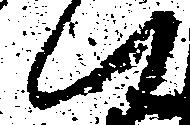
つ